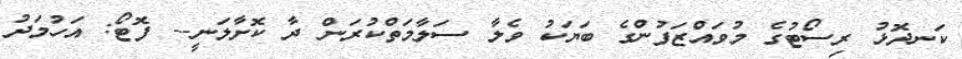
ކަނދޮޅު ރިސޯޓުގެ މުވައްޒަފުންގެ ބަޔަކު ވެލާ ސަލާމަތްކުރަން ދާ ކޮށާލަނީ-- ފޮޓޯ: އަހުމަދު